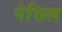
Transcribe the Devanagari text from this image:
पेसिल